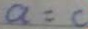
a = c